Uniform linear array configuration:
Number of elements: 64
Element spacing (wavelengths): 0.25
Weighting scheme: uniform
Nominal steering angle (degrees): -30
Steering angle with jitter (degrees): -28.772
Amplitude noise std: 0.05
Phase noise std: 0.05

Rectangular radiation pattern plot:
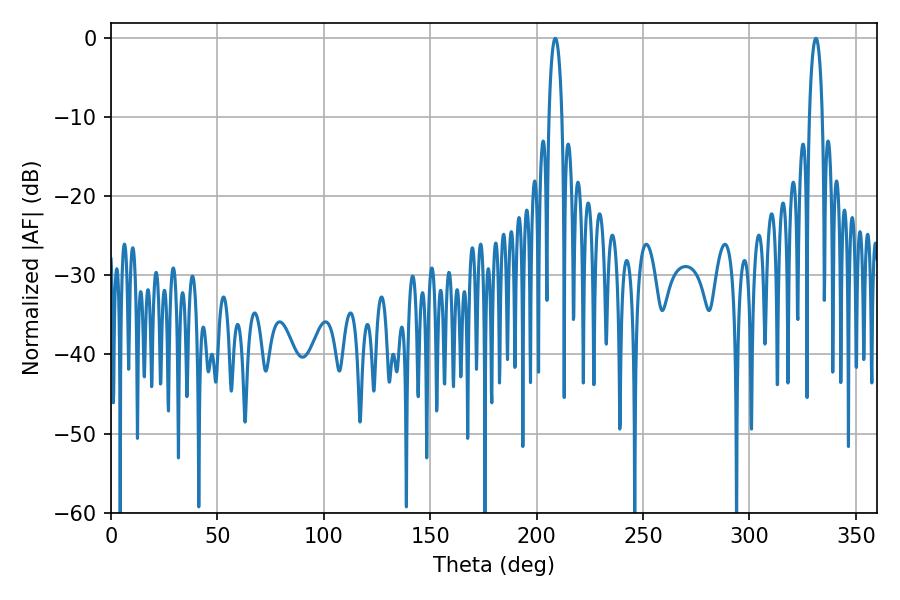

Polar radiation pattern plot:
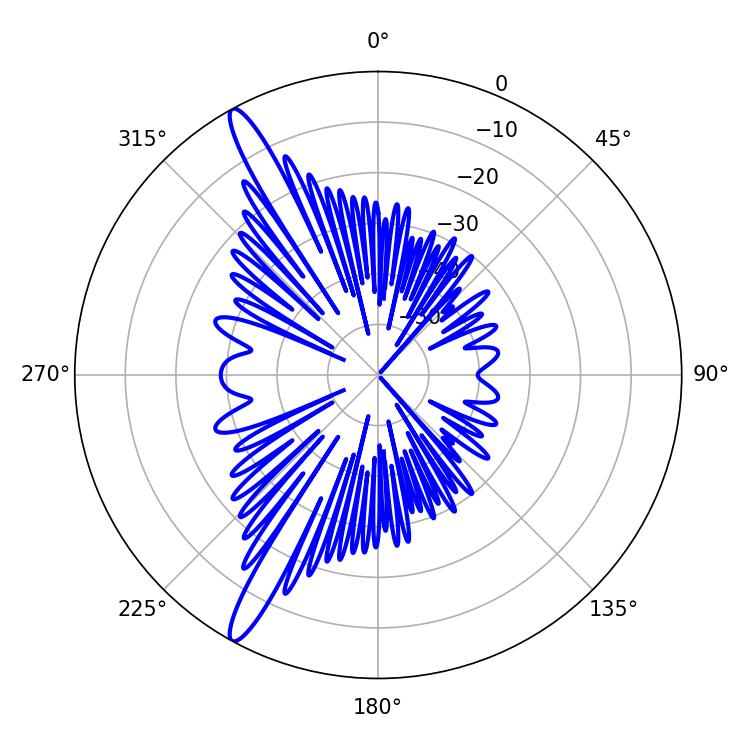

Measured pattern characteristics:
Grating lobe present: FALSE
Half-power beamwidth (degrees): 3.6
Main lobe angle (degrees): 208.8